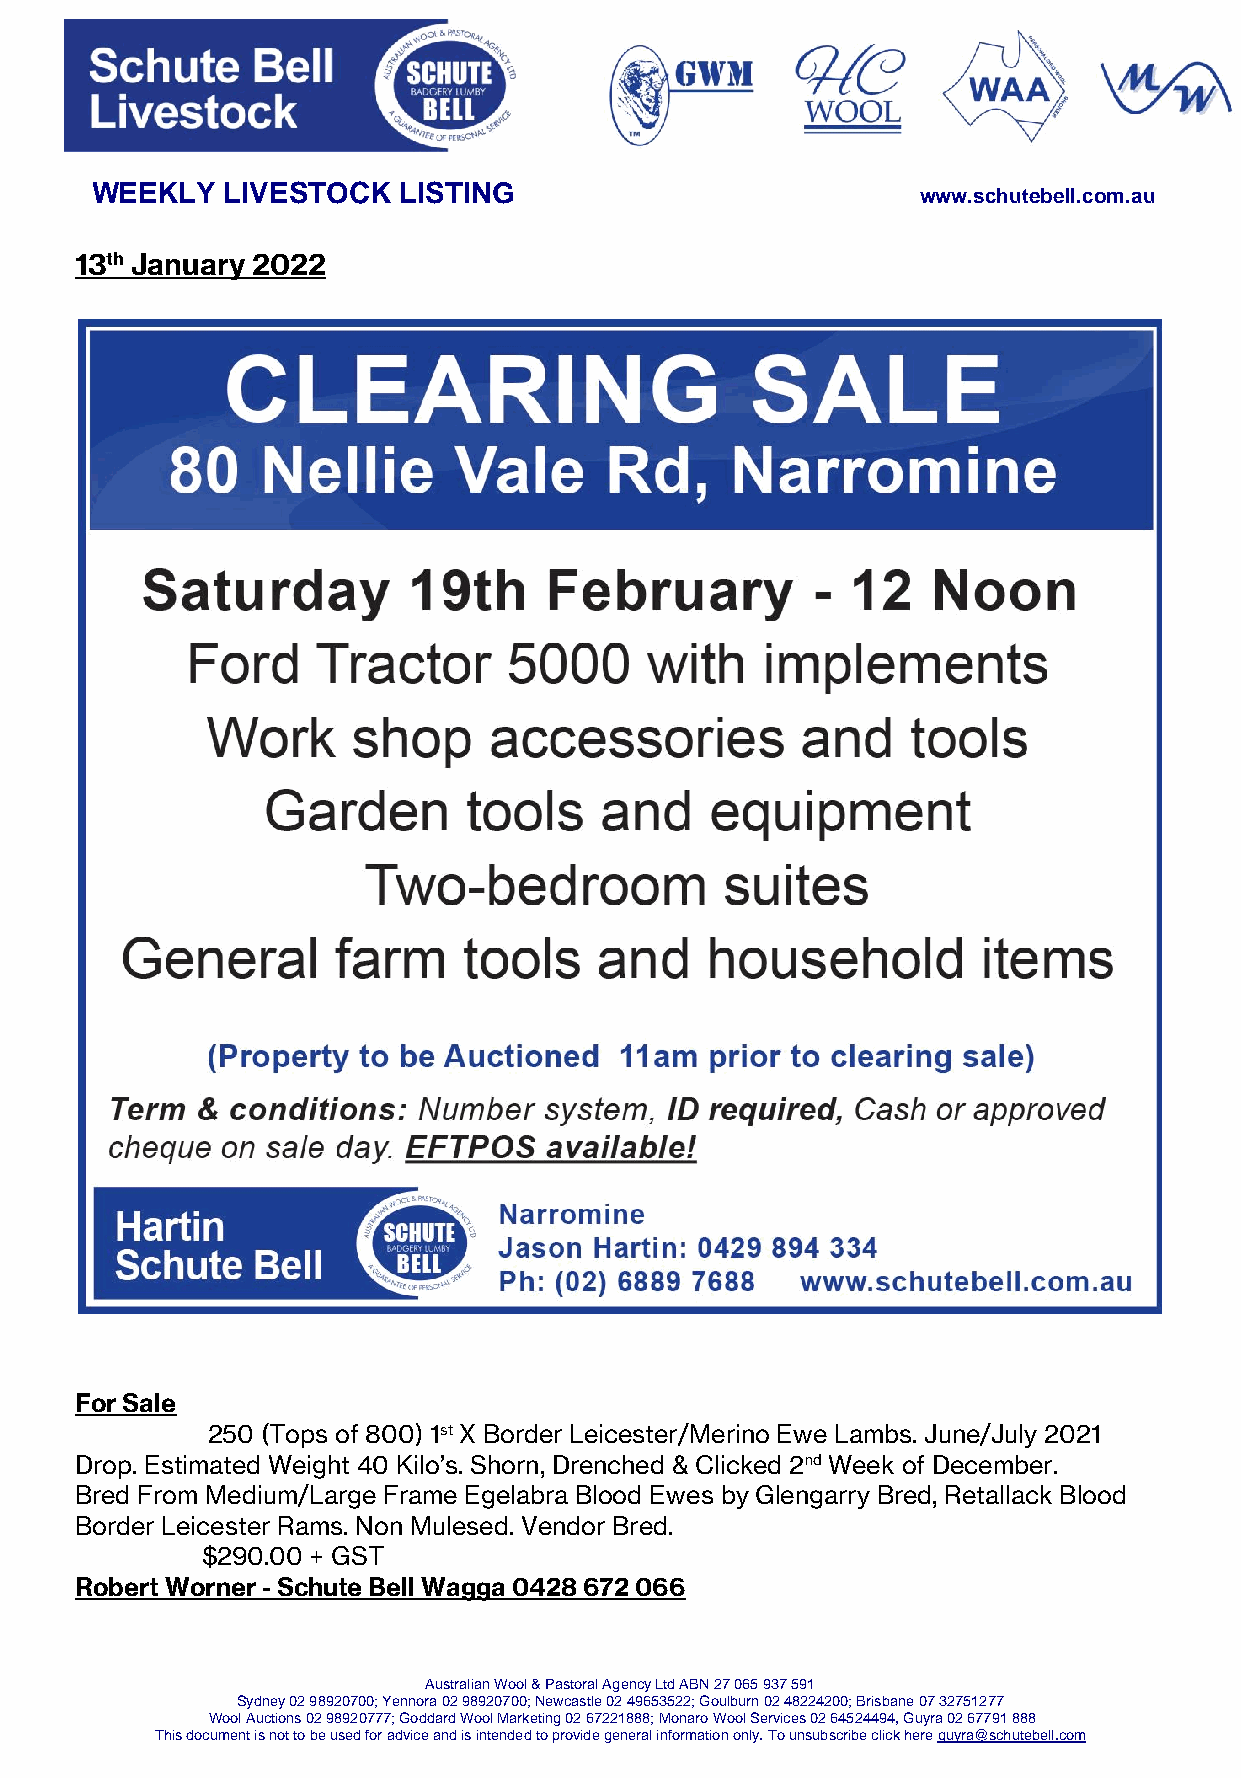
WEEKLY   LIVESTOCK  LISTING
 www.schutebell.com.au
 13th January 2022
 For Sale
 250 (Tops of 800) 1st X Border Leicester/Merino Ewe Lambs. June/July 2021
 Drop. Estimated Weight 40 Kilo’s. Shorn, Drenched & Clicked 2nd Week of December.
 Bred From Medium/Large Frame Egelabra Blood Ewes by Glengarry Bred, Retallack Blood
 Border Leicester Rams. Non Mulesed. Vendor Bred.
 $290.00 + GST
 Robert Worner - Schute Bell Wagga 0428 672 066
 Australian Wool & Pastoral Agency Ltd ABN 27 065 937 591
 Sydney 02 98920700; Yennora 02 98920700; Newcastle 02 49653522; Goulburn 02 48224200; Brisbane 07 32751277
 Wool Auctions 02 98920777; Goddard Wool Marketing 02 67221888; Monaro Wool Services 02 64524494, Guyra 02 67791 888
 This document is not to be used for advice and is intended to provide general information only. To unsubscribe click here guyra@schutebell.com